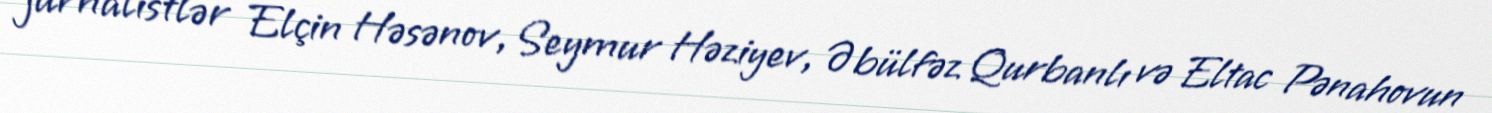
jurnalistlər Elçin Həsənov, Seymur Həziyev, Əbülfəz Qurbanlı və Eltac Pənahovun